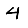
Digit: 4